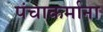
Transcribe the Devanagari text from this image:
पंचाकर्माना